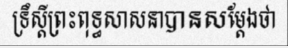
ទ្រឹស្តីព្រះពុទ្ធសាសនាបានសម្តែងថា